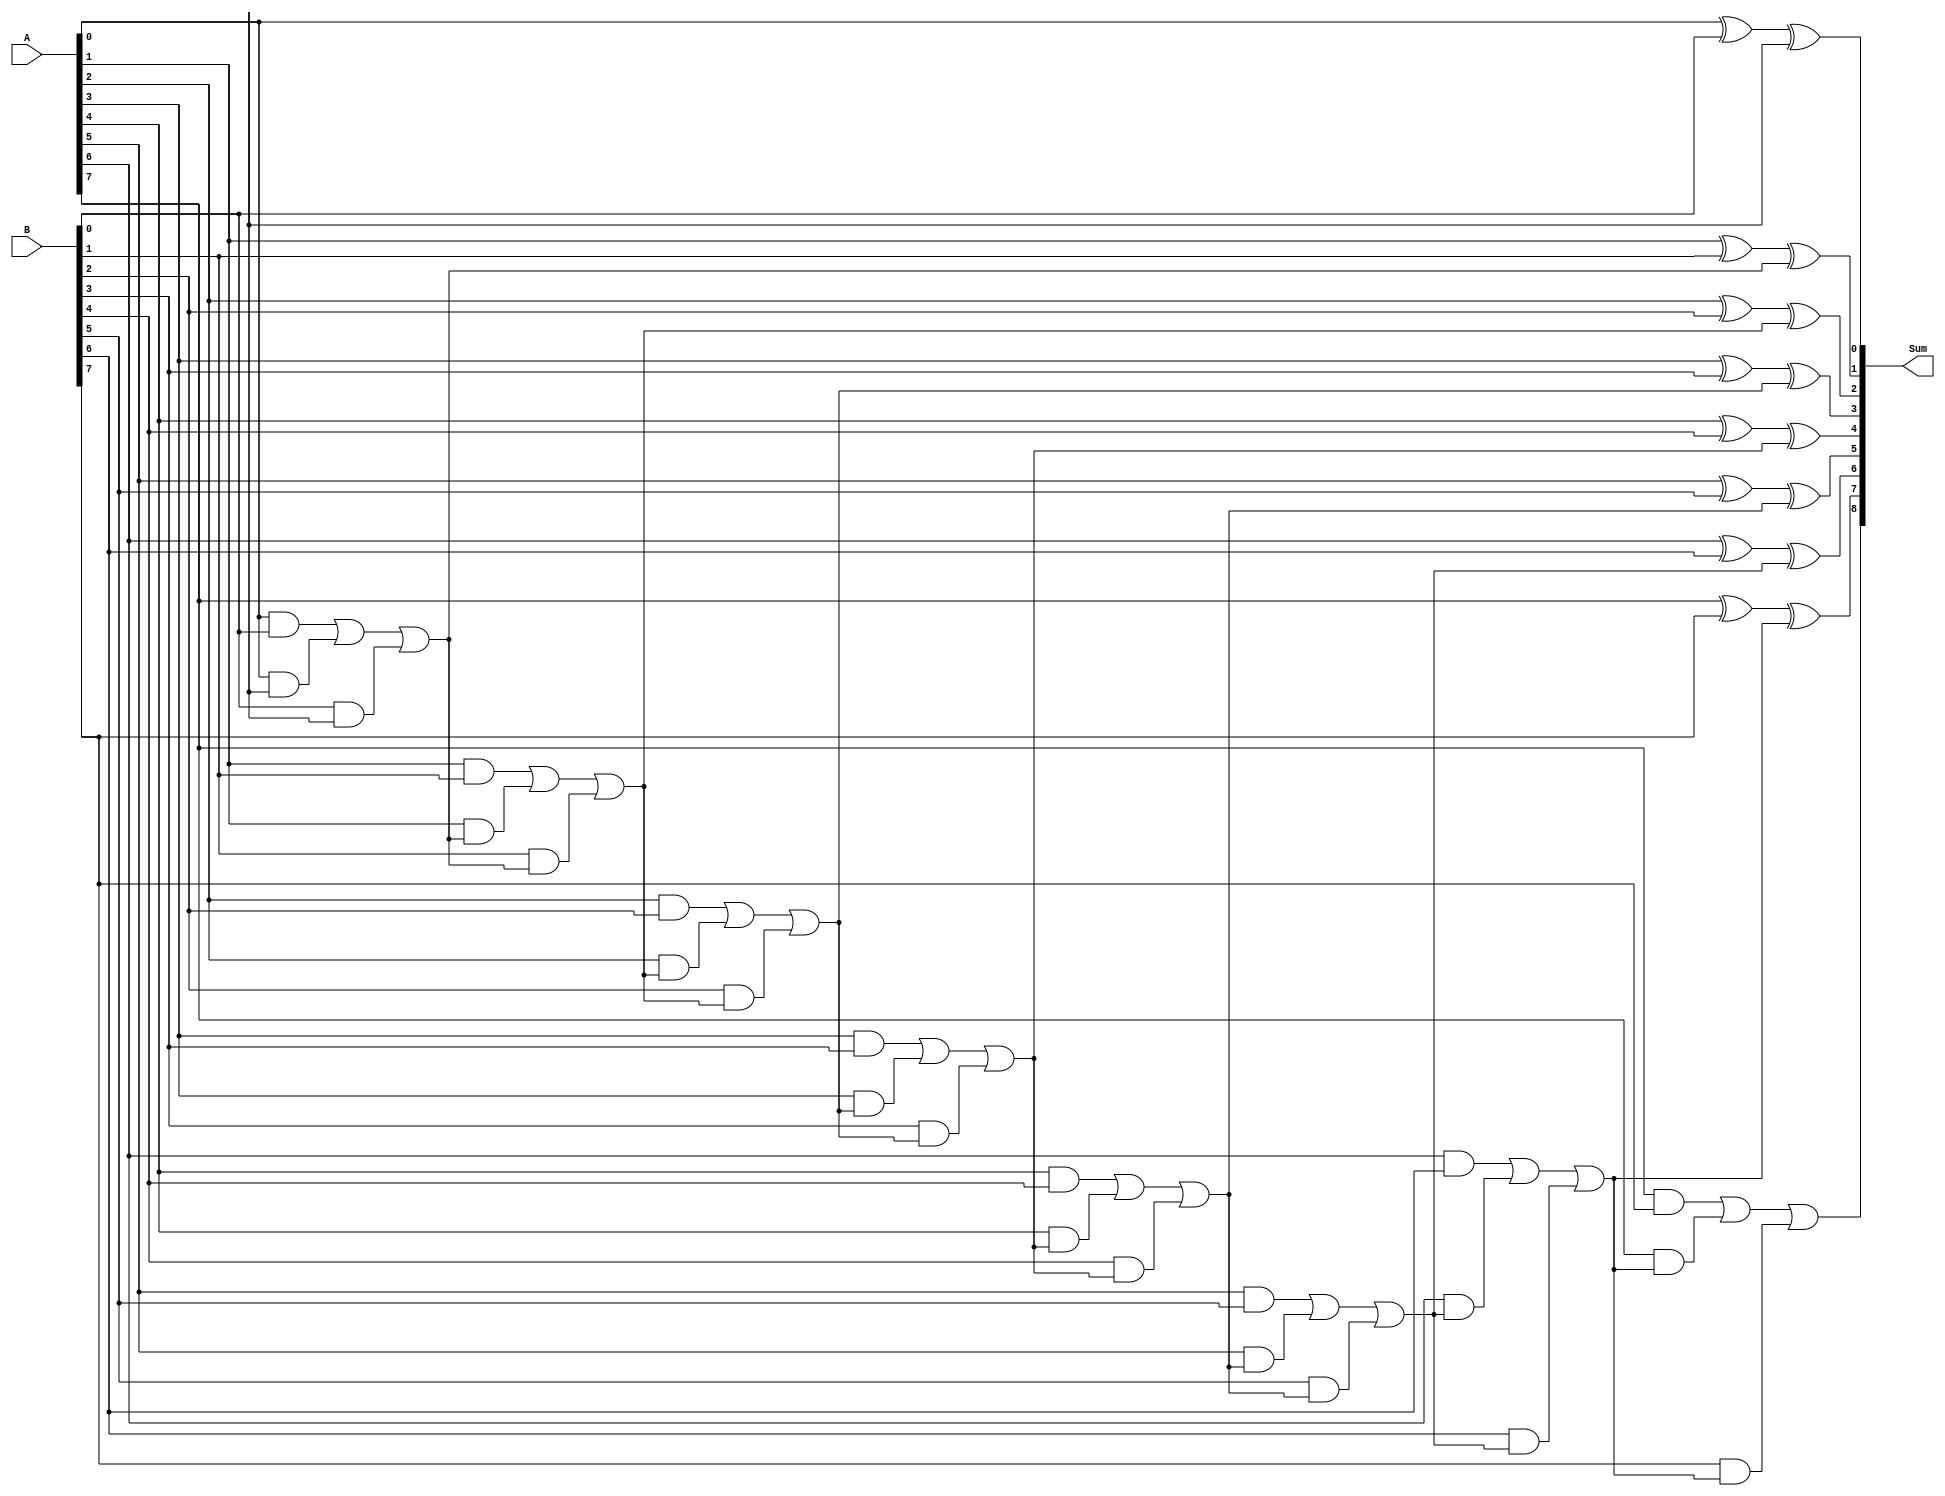
module CarryLookaheadAdder (
    input [7:0] A,
    input [7:0] B,
    output reg [8:0] Sum
);

reg [8:0] C;

assign Sum[0] = A[0] ^ B[0] ^ C[0];
assign C[1] = (A[0] & B[0]) | (A[0] & C[0]) | (B[0] & C[0]);
assign Sum[1] = A[1] ^ B[1] ^ C[1];
assign C[2] = (A[1] & B[1]) | (A[1] & C[1]) | (B[1] & C[1]);
assign Sum[2] = A[2] ^ B[2] ^ C[2];
assign C[3] = (A[2] & B[2]) | (A[2] & C[2]) | (B[2] & C[2]);
assign Sum[3] = A[3] ^ B[3] ^ C[3];
assign C[4] = (A[3] & B[3]) | (A[3] & C[3]) | (B[3] & C[3]);
assign Sum[4] = A[4] ^ B[4] ^ C[4];
assign C[5] = (A[4] & B[4]) | (A[4] & C[4]) | (B[4] & C[4]);
assign Sum[5] = A[5] ^ B[5] ^ C[5];
assign C[6] = (A[5] & B[5]) | (A[5] & C[5]) | (B[5] & C[5]);
assign Sum[6] = A[6] ^ B[6] ^ C[6];
assign C[7] = (A[6] & B[6]) | (A[6] & C[6]) | (B[6] & C[6]);
assign Sum[7] = A[7] ^ B[7] ^ C[7];
assign C[8] = (A[7] & B[7]) | (A[7] & C[7]) | (B[7] & C[7]);
assign Sum[8] = C[8];

endmodule